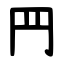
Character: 䍏